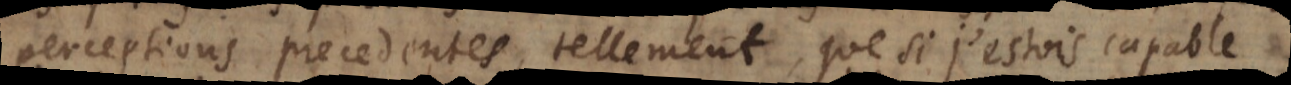
perceptions precedentes, tellement que si j’estois capable